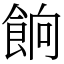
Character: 餉